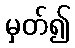
မှတ်၍